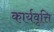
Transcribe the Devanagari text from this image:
कार्यवृत्ति